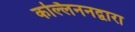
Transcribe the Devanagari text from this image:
कल्लिननद्वारा